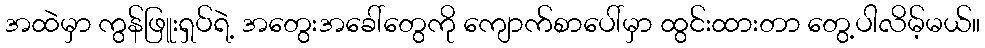
အထဲမှာ ကွန်ဖြူးရှပ်ရဲ့ အတွေးအခေါ်တွေကို ကျောက်စာပေါ်မှာ ထွင်းထားတာ တွေ့ပါလိမ့်မယ်။